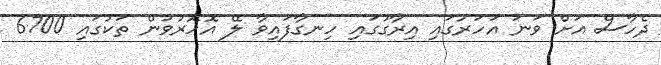
ދެހާސް އަށް ވަނަ އަހަރުގައި އިރާގުގައި ހިނގާފައިވާ ލޭ އޮހޮރުވުން ތަކުގައި 6700